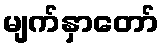
မျက်နှာတော်